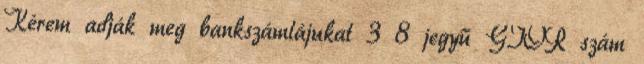
Kérem adják meg bankszámlájukat 3 8 jegyű GIOR szám